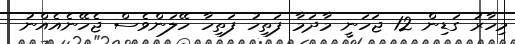
މިހާރު ގަޑިން 12 ޖަހަނީ މާދަމާ ފަތިހު ފަތިހާ ހޭލަންވެސް ޖެހޭނެއެއްނު